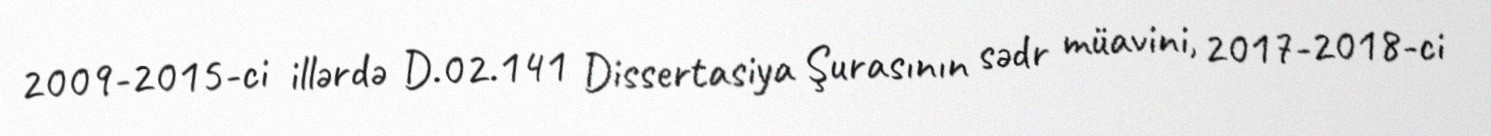
2009-2015-ci illərdə D.02.141 Dissertasiya Şurasının sədr müavini, 2017-2018-ci